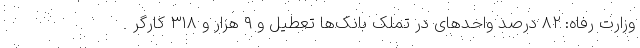
وزارت رفاه: ۸۲ درصد واحدهای در تملک بانک‌ها تعطیل و ۹ هزار و ۳۱۸ کارگر